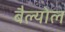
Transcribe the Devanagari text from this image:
बैल्योल